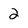
Character: 2